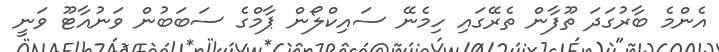
އެންމެ ބާރުގަދަ ތޫފާން ތެރޭގައި ހިމެނޭ ސައިކްލޯން ޕާމްގެ ސަބަބުން ވަނުއާޓޫ ވަނީ